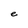
Character: e